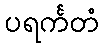
ပရင်္ကတံ